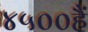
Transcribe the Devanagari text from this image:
४५००हैं